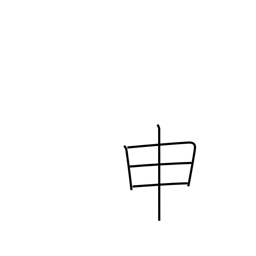
Meaning: ninth sign of Chinese zodiac